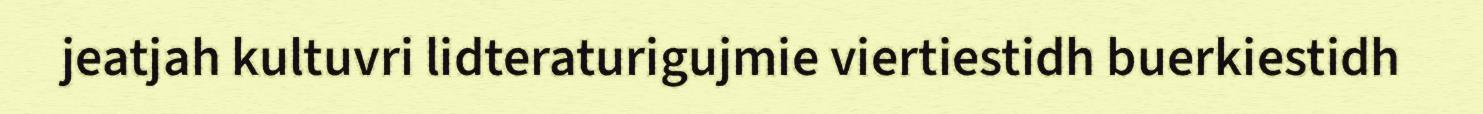
jeatjah kultuvri lidteraturigujmie viertiestidh buerkiestidh